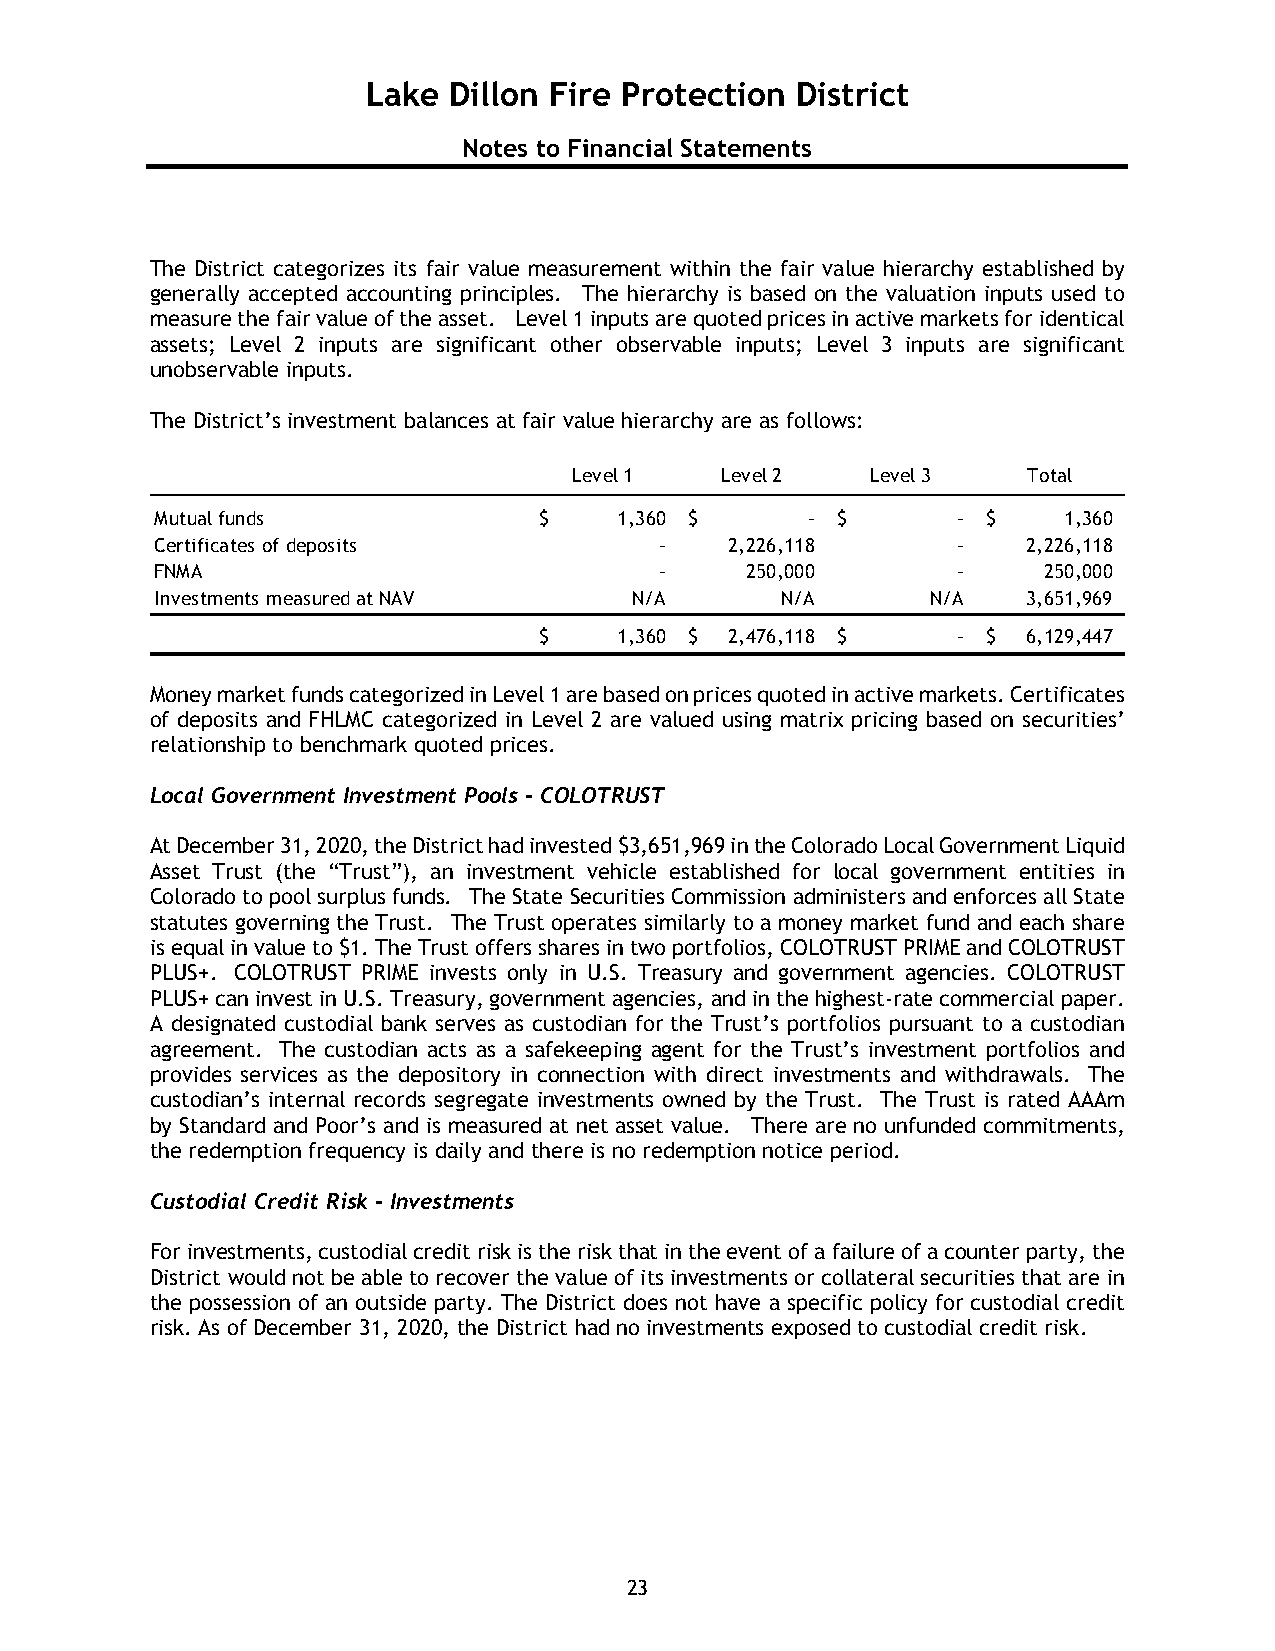
Lake  Dillon Fire Protection District
 Notes to Financial Statements
 The District categorizes its fair value measurement within the fair value hierarchy established by
 generally accepted accounting principles. The hierarchy is based on the valuation inputs used to
 measure the fair value of the asset. Level 1 inputs are quoted prices in active markets for identical
 assets; Level 2 inputs are significant other observable inputs; Level 3 inputs are significant
 unobservable inputs.
 The District’s investment balances at fair value hierarchy are as follows:
 Level 1   Level 2   Level 3   Total
 Mutual funds              $    1,360 $     - $       - $    1,360
 Certificates of deposits          -   2,226,118      -    2,226,118
 FNMA                              -    250,000       -     250,000
 Investments measured at NAV     N/A       N/A       N/A   3,651,969
 $    1,360 $ 2 ,476,118 $  - $  6 ,129,447
 Money market funds categorized in Level 1 are based on prices quoted in active markets. Certificates
 of deposits and FHLMC categorized in Level 2 are valued using matrix pricing based on securities’
 relationship to benchmark quoted prices.
 Local Government Investment Pools – COLOTRUST
 At December 31, 2020, the District had invested $3,651,969 in the Colorado Local Government Liquid
 Asset Trust (the “Trust”), an investment vehicle established for local government entities in
 Colorado to pool surplus funds. The State Securities Commission administers and enforces all State
 statutes governing the Trust. The Trust operates similarly to a money market fund and each share
 is equal in value to $1. The Trust offers shares in two portfolios, COLOTRUST PRIME and COLOTRUST
 PLUS+. COLOTRUST PRIME invests only in U.S. Treasury and government agencies. COLOTRUST
 PLUS+ can invest in U.S. Treasury, government agencies, and in the highest-rate commercial paper.
 A designated custodial bank serves as custodian for the Trust’s portfolios pursuant to a custodian
 agreement. The custodian acts as a safekeeping agent for the Trust’s investment portfolios and
 provides services as the depository in connection with direct investments and withdrawals. The
 custodian’s internal records segregate investments owned by the Trust. The Trust is rated AAAm
 by Standard and Poor’s and is measured at net asset value. There are no unfunded commitments,
 the redemption frequency is daily and there is no redemption notice period.
 Custodial Credit Risk – Investments
 For investments, custodial credit risk is the risk that in the event of a failure of a counter party, the
 District would not be able to recover the value of its investments or collateral securities that are in
 the possession of an outside party. The District does not have a specific policy for custodial credit
 risk. As of December 31, 2020, the District had no investments exposed to custodial credit risk.
 23